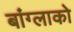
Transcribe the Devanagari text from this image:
बांग्लाको